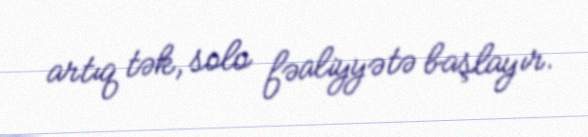
artıq tək, solo fəaliyyətə başlayır.